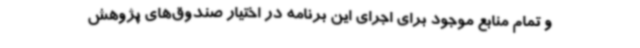
و تمام منابع موجود برای اجرای این برنامه در اختیار صندوق‌های پژوهش